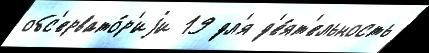
обс'ервато́р'иjи 19 дл'я д'е́ят'ельность